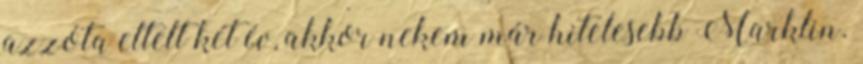
azzóta eltelt két év, akkor nekem már hitelesebb Marklin.